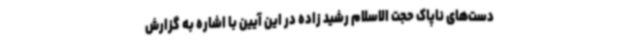
دست‌های ناپاک حجت الاسلام رشید زاده در این آیین با اشاره به گزارش